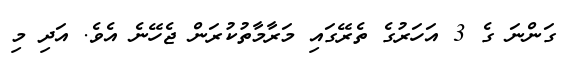
ގަންނަ ގެ 3 އަހަރުގެ ތެރޭގައި މަރާމާތުކުރަން ޖެހޭނެ އެވެ. އަދި މި